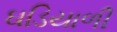
ઘડિયાળી